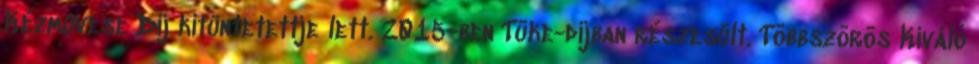
Kézmûvese Díj kitüntetettje lett. 2015-ben Tüke-díjban részesült. Többszörös Kiváló